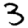
Digit: 3